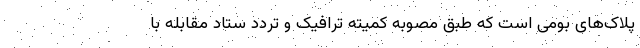
پلاک‌های بومی است که طبق مصوبه کمیته ترافیک و تردد ستاد مقابله با